Indian journal of veterinary science and animal husbandry - Volume 8,
Year: 1938
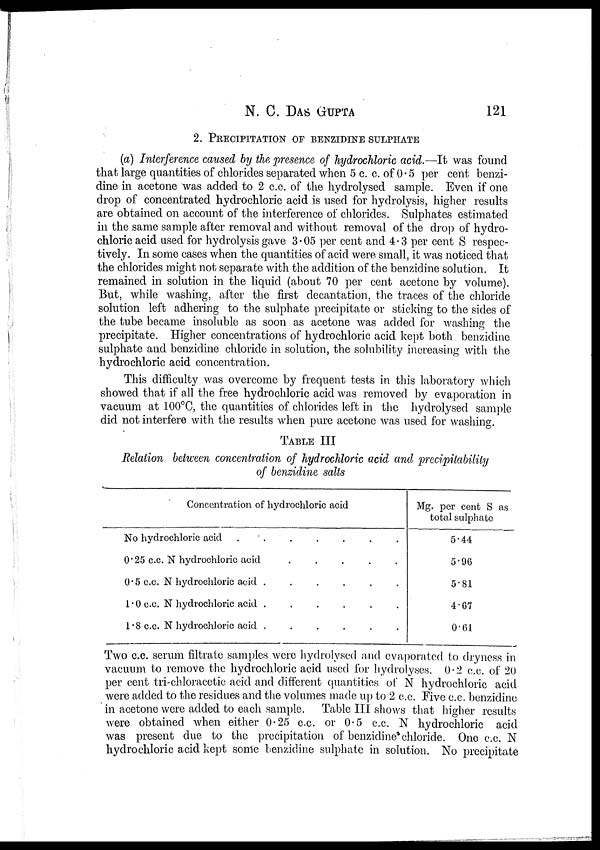
N. C.
DAS
GUPTA
121
2.PRECIPITATION OF BENZIDINE SULPHATE
(a) Interference caused by the presence of hydrochloric acid.—It was found
that large quantities of chlorides separated when 5 c. c. of 0.5 per cent benzi-
dine in acetone was added to 2 c.c. of the hydrolysed sample. Even if one
drop of concentrated hydrochloric acid is used for hydrolysis, higher results
are obtained on account of the interference of chlorides. Sulphates estimated
in the same sample after removal and without removal of the drop of hydro-
chloric acid used for hydrolysis gave 3.05 per cent and 4 .3 per cent S respec-
tively. In some cases when the quantities of acid were small, it was noticed that
the chlorides might not separate with the addition of the benzidine solution. It
remained in solution in the liquid (about 70 per cent acetone by volume).
But, while washing, after the first decantation, the traces of the chloride
solution left adhering to the sulphate precipitate or sticking to the sides of
the tube became insoluble as soon as acetone was added for washing the
precipitate. Higher concentrations of hydrochloric acid kept both benzidine
sulphate and benzidine chloride in solution, the solubility increasing with the
hydrochloric acid concentration.
This difficulty was overcome by frequent tests in this laboratory which
showed that if all the free hydrochloric acid was removed by evaporation in
vacuum at 100°C, the quantities of chlorides left in the hydrolysed sample
did not interfere with the results when pure acetone was used for washing.
TABLE III
Relation between concentration of hydrochloric acid and precipitabilty
of benzidine salts
Concentration of hydrochloric acid
No hydrochloric acid
.......
0.25 c.c. N hydrochloric acid
.....
0.5 c.c. N hydrochloric acid
......
1.0 c.c. N hydrochloric acid
......
1.8 c.c. N hydrochloric acid
......
Mg. per cent S as
total sulphate
5.44
5.96
5.81
4.67
0.61
Two c.c. serum filtrate samples were hydrolysed and evaporated to dryness in
vacuum to remove the hydrochloric acid used for hydrolyses. 0.2 c.c. of 20
per cent tri-chloracetic acid and different quantities of N hydrochloric acid
were added to the residues and the volumes made up to 2 c.c. Five c.c. benzidine
in acetone were added to each sample. Table III shows that higher results
were obtained when either 0.25 c.c. or 0.5 c.c. N hydrochloric acid
was present due to the precipitation of benzidine chloride. One c.c. N
hydrochloric acid kept some benzidine sulphate in solution. No precipitate